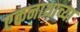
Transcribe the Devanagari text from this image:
एकनाथाच्या